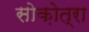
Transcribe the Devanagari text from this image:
सोक़ोत्रा